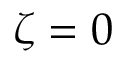
\zeta = 0